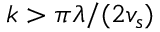
k > \pi \lambda / ( 2 v _ { s } )